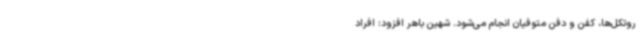
روتکل‌ها، کفن و دفن متوفیان انجام می‌شود. شهین باهر افزود: افراد